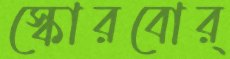
স্কোরবোর্